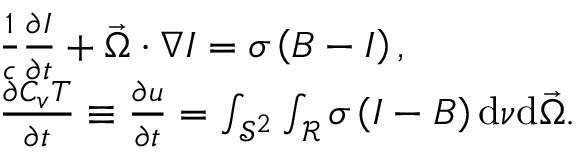
\begin{array} { r l } & { \frac { 1 } { c } \frac { \partial I } { \partial t } + \vec { \Omega } \cdot \nabla I = \sigma \left( B - I \right) , } \\ & { \frac { \partial C _ { v } T } { \partial t } \equiv \frac { \partial u } { \partial t } = \int _ { \mathcal { S } ^ { 2 } } \int _ { \mathcal { R } } \sigma \left( I - B \right) \mathrm { d } \nu \mathrm { d } \vec { \Omega } . } \end{array}